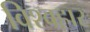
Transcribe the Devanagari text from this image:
विश्वहार